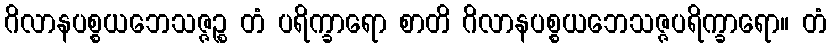
ဂိလာနပစ္စယဘေသဇ္ဇဉ္စ တံ ပရိက္ခာရော စာတိ ဂိလာနပစ္စယဘေသဇ္ဇပရိက္ခာရော။ တံ